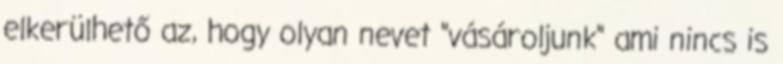
elkerülhető az, hogy olyan nevet "vásároljunk" ami nincs is